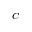
^ C